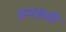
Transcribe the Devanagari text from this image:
जनसंघी